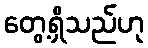
တွေ့ရှိသည်ဟု